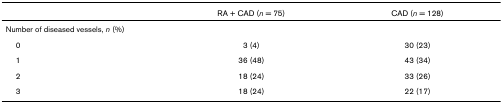
<table><thead><tr><td></td><td><b>RA + CAD (<i>n </i>= 75)</b></td><td><b>CAD (<i>n </i>= 128)</b></td></tr></thead><tbody><tr><td>Number of diseased vessels, <i>n </i>(%)</td><td></td><td></td></tr><tr><td> 0</td><td>3 (4)</td><td>30 (23)</td></tr><tr><td> 1</td><td>36 (48)</td><td>43 (34)</td></tr><tr><td> 2</td><td>18 (24)</td><td>33 (26)</td></tr><tr><td> 3</td><td>18 (24)</td><td>22 (17)</td></tr></tbody></table>